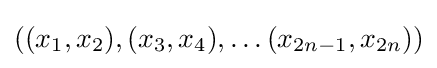
((x_{1},x_{2}),(x_{3},x_{4}),\ldots (x_{2n-1},x_{2n}))